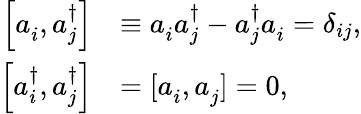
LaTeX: {\begin{array}{rl}{\left[a_{i}^{\, },a_{j}^{\dagger}\right]}&{\equiv a_{i}^{\, }a_{j}^{\dagger}-a_{j}^{\dagger}a_{i}^{\, }=\delta_{ij},}\\ {\left[a_{i}^{\dagger},a_{j}^{\dagger}\right]}&{=[a_{i}^{\, },a_{j}^{\, }]=0,}\end{array}}